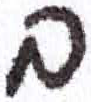
אות: ב